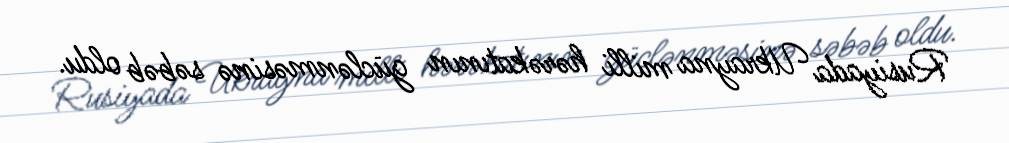
Rusiyada Ukrayna milli hərəkatının güclənməsinə səbəb oldu.